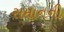
સમાનની